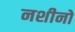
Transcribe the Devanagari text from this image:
नशीनों